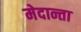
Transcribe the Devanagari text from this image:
मेदान्ता